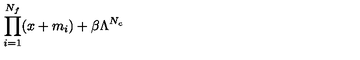
\prod _ { i = 1 } ^ { N _ { f } } ( x + m _ { i } ) + \beta \Lambda ^ { N _ { c } }